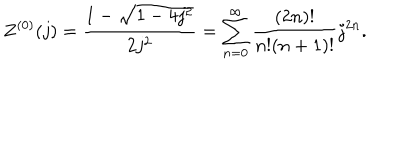
Z ^ { ( 0 ) } ( j ) = \frac { 1 - \sqrt { 1 - 4 j ^ { 2 } } } { 2 j ^ { 2 } } = \sum _ { n = 0 } ^ { \infty } \frac { ( 2 n ) ! } { n ! ( n + 1 ) ! } j ^ { 2 n } .